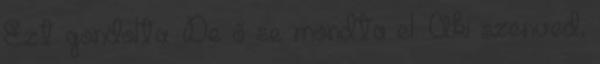
Ezt gondolta. De ő se mondta el. Aki szenved,